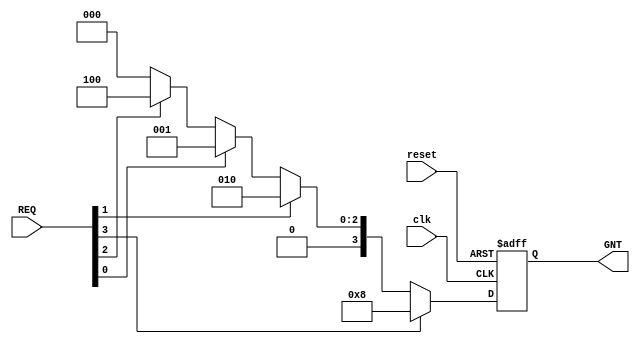
`timescale 1ns / 1ps
//////////////////////////////////////////////////////////////////////////////////
// Company: 
// Engineer: 
// 
// Design Name: 
// Module Name: FPA
// Project Name: 
// Target Devices: 
// Tool Versions: 
// Description: 
// 
// Dependencies: 
// 
// Revision:
// Revision 0.01 - File Created
// Additional Comments:
// 
//////////////////////////////////////////////////////////////////////////////////


module FPA(output reg [3:0] GNT,
           input [3:0] REQ,
           input clk,reset 
);
always @(posedge clk or negedge reset)
// PRIORITY 3>1>0>2
    begin
    if(!reset)
    GNT<= 4'b0000;
    else if(REQ[3])
     GNT<= 4'b1000;
    else if(REQ[1])
     GNT<= 4'b0010;
    else if(REQ[0])
     GNT<= 4'b0001;
    else if(REQ[2])
     GNT<= 4'b0100;
     else 
     GNT<= 4'b0000;
    end
    
endmodule